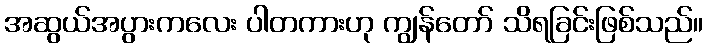
အဆွယ်အပွားကလေး ပါတကားဟု ကျွန်တော် သိရခြင်းဖြစ်သည်။